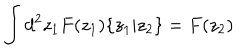
\int d ^ { 2 } z _ { 1 } F ( z _ { 1 } ) \{ z _ { 1 } | z _ { 2 } \} = F ( z _ { 2 } )